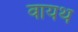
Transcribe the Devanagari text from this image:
वायथ